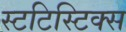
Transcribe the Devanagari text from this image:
स्टटिस्टिक्स